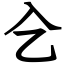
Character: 㐈